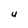
Character: u